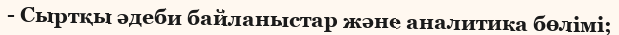
- Сыртқы әдеби байланыстар және аналитика бөлімі;